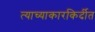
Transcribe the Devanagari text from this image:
त्याच्याकारकिर्दीत